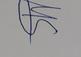
Signature authenticity: genuine